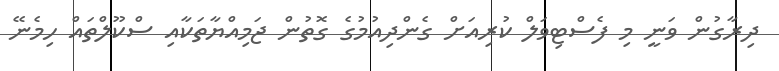
ދިރާގުން ވަނީ މި ފެސްޓިވަލް ކުރިއަށް ގެންދިއުމުގެ ގޮތުން ޖަމިއްޔާތަކާއި ސްކޫލްތައް ހިމެނޭ